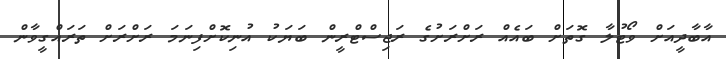
އާބާދީއަށް ވޯޓުލާ ގޮތަށް ބައެއް ރަށްރަށުގެ ރަޖިސްޓްރީން ބަޔަކު އުނިކޮށްފިނަމަ ރަށްރަށް ތަރައްގީވާން